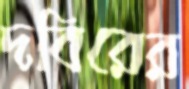
দবিরের